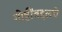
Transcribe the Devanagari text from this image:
गोष्टींबद्दलचे